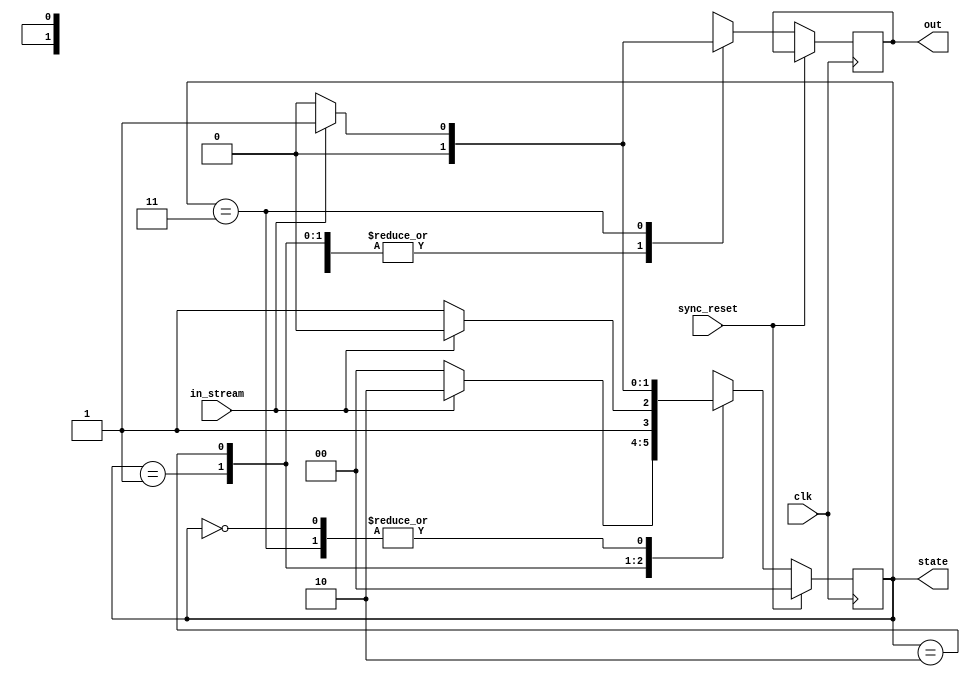
`timescale 1ns / 1ps
//////////////////////////////////////////////////////////////////////////////////
// Company: 
// 
// Design Name: 
// Module Name:    Sequence_detector_Mealy 
// Project Name: 
// Target Devices: 
// Tool versions: 
// Description: 
//
// Dependencies: 
//
// Revision: 
// Revision 0.01 - File Created
// Additional Comments: 
//
//////////////////////////////////////////////////////////////////////////////////
module Sequence_detector_Mealy(
    input in_stream,
    input clk,
    input sync_reset,
	 output reg [1:0] state,
    output reg out
    );

	 parameter [1:0] S0   = 2'b00;
	 parameter [1:0] S1   = 2'b01;
	 parameter [1:0] S11  = 2'b10;
	 parameter [1:0] S110 = 2'b11;
	 
	 //reg [1:0] state;
	 
	 //seq fsm code
	 always @(posedge clk)
	 begin
		if (sync_reset)
			state <= 0;
		else
		begin
			case (state)
				S0:
				begin
					if (in_stream) begin
						state <= S1;
						out <= 0;
					end
					else begin
						state <= S0;
						out <= 0;
					end
				end
				S1:
				begin
					if (in_stream) begin
						state <= S11;
						out <= 0;
					end
					else begin
						state <= S0;
						out <= 0;
					end
				end
				S11:
				begin
					if (in_stream) begin
						state <= S11;
						out <= 0;
					end
					else begin
						state <= S110;
						out <= 0;
					end
				end
				S110:
				begin
					if (in_stream) begin
						state <= S1;
						out <= 1;
					end
					else begin
						state <= S0;
						out <= 0;
					end
				end
				//all cases covered. no need for default case
			endcase
		end
	 end


endmodule